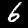
Label: 6